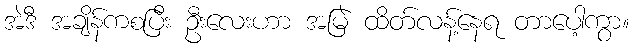
အဲဒီ အချိန်ကစပြီး ဦးလေးဟာ အမြဲ ထိတ်လန့်နေရ တာပေါ့ကွာ။